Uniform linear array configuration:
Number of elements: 16
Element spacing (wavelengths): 0.75
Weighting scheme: cosine
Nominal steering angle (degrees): -30
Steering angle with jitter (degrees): -28.595
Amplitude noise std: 0.05
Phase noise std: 0.05

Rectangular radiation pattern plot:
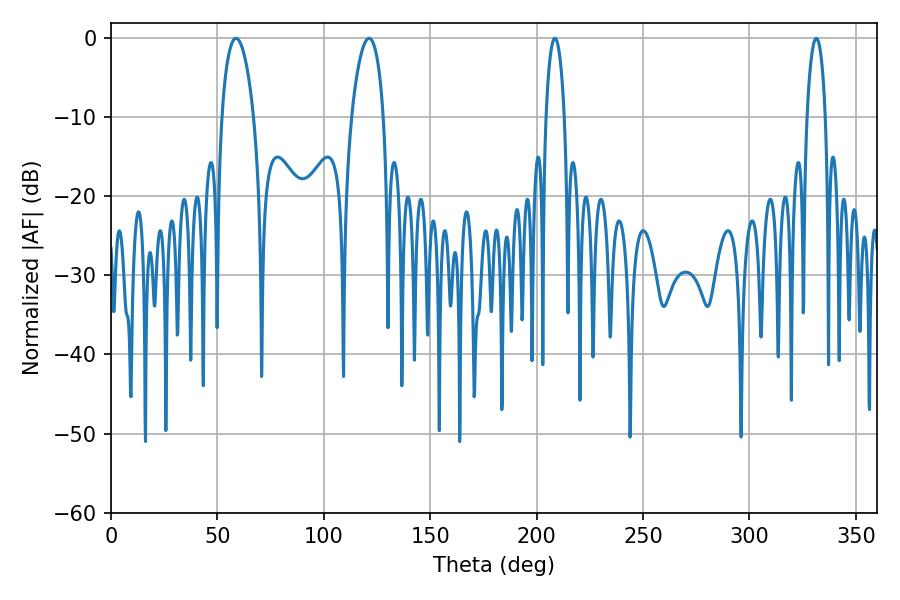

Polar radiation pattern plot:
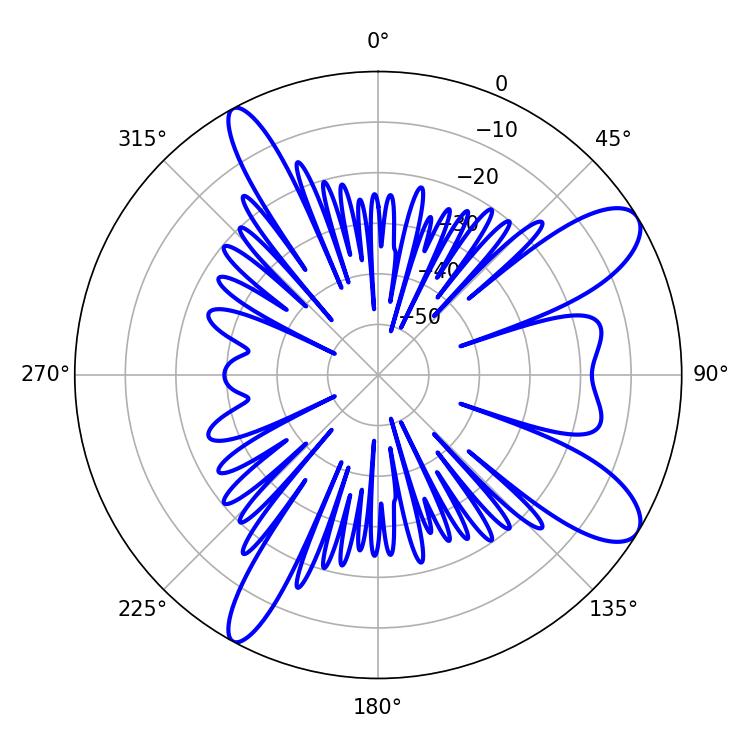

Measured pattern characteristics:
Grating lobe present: TRUE
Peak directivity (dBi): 10.18
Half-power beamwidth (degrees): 5.04
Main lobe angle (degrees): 208.62